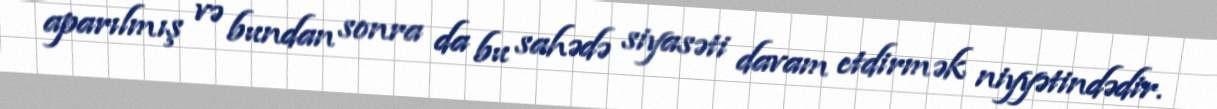
aparılmış və bundan sonra da bu sahədə siyasəti davam etdirmək niyyətindədir.